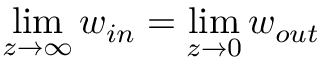
\operatorname* { l i m } _ { z \to \infty } w _ { i n } = \operatorname* { l i m } _ { z \to 0 } w _ { o u t }